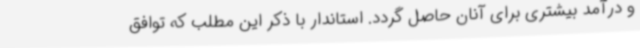
و درآمد بیشتری برای آنان حاصل گردد. استاندار با ذکر این مطلب که توافق